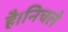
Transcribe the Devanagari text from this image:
है।निचले